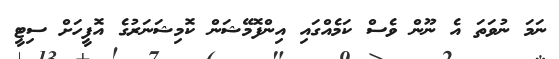
ނަމަ ނުވަތަ އެ ނޫން ވެސް ކަމެއްގައި އިންފޮމޭޝަން ކޮމިޝަނަރުގެ އޮފީހަށް ސިޓީ